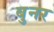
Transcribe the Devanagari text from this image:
बुनर